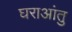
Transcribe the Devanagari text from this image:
घराआंतु